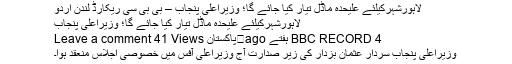
لاہورشہرکیلئے علیحدہ ماڈل تیار کیا جائے گا؛ وزیراعلیٰ پنجاب – بی بی سی ریکارڈ لندن اردو
لاہورشہرکیلئے علیحدہ ماڈل تیار کیا جائے گا؛ وزیراعلیٰ پنجاب
BBC RECORD 4 ہفتے ago	پاکستان Leave a comment 41 Views
وزیراعلیٰ پنجاب سردار عثمان بزدار کی زیر صدارت آج وزیراعلیٰ آفس میں خصوصی اجلاس منعقد ہوا۔